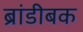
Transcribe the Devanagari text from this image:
ब्रांडीबक